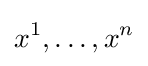
x^{1},\ldots ,x^{n}